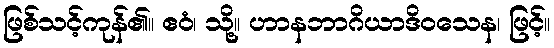
ဖြစ်သင့်ကုန်၏။ ဧဝံ၊ သို့။ ဟာနဘာဂိယာဒိဝသေန၊ ဖြင့်။